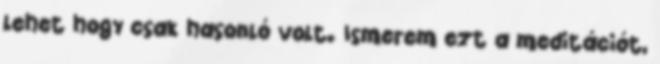
lehet hogy csak hasonló volt. Ismerem ezt a meditációt,